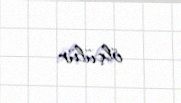
ölçülür.